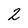
Character: 2